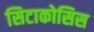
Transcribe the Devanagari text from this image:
सिटाकोसिस